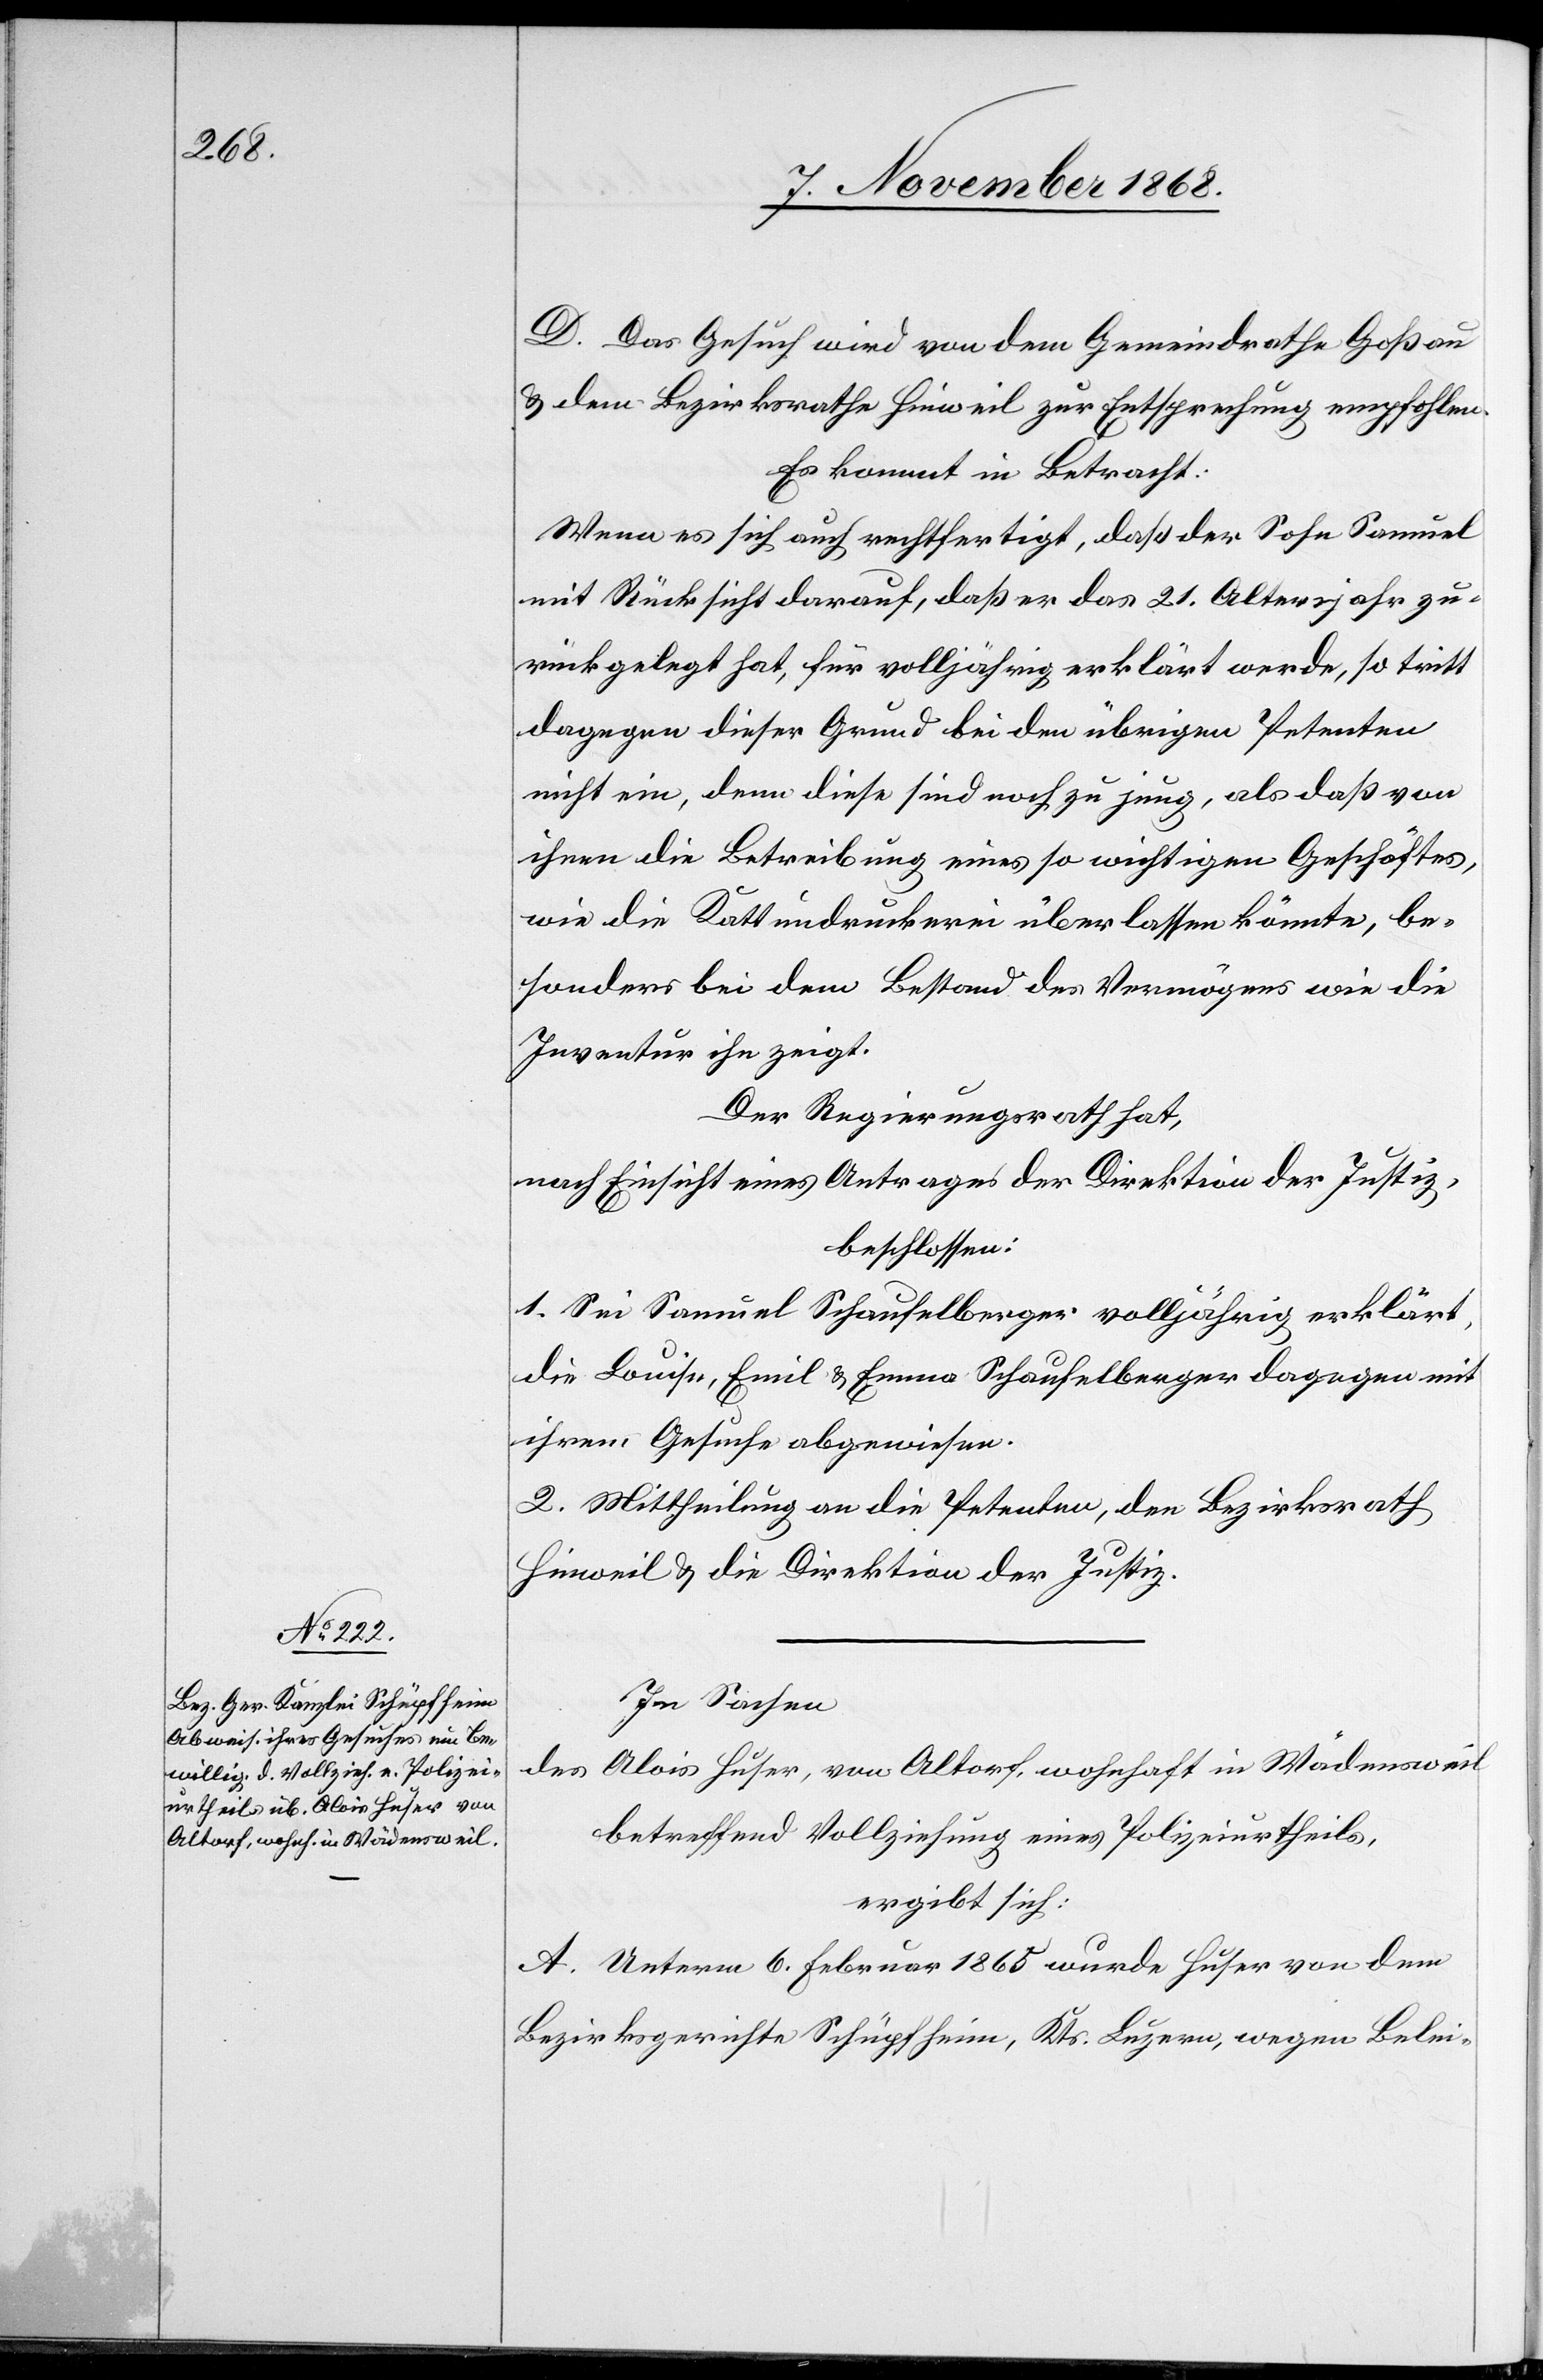
D. Das Gesuch wird von dem Gemeindrathe Goßau
& dem Bezirksrathe Hinweil zur Entsprechung empfohlen.
Es kommt in Betracht:
Wenn es sich auch rechtfertigt, daß der Sohn Samuel
mit Rücksicht darauf, daß er das 21. Altersjahr zu¬
rückgelegt hat, für volljährig erklärt werde, so tritt
dagegen dieser Grund bei den übrigen Petenten
nicht ein, denn diese sind noch zu jung, als daß von
ihnen die Betreibung eines so wichtigen Geschäftes,
wie die Kattundruckerei überlassen könnte, be¬
sonders bei dem Bestand des Vermögens wie die
Inventur ihn zeigt.
Der Regierungsrath hat,
nach Einsicht eines Antrages der Direktion der Justiz,
beschlossen:
1. Sei Samuel Schaufelberger volljährig erklärt,
die Louise, Emil & Emma Schaufelberger dagegen mit
ihrem Gesuche abgewiesen.
2. Mittheilung an die Petenten, den Bezirksrath
Hinweil & die Direktion der Justiz.
In Sachen
des Alois Huser, von Altorf, wohnhaft in Wädensweil
betreffend Vollziehung eines Polizeiurtheils,
ergibt sich:
A. Unterm 6. Februar 1865 wurde Huser von dem
Bezirksgerichte Schüpfheim, Kts. Luzern, wegen Belei-